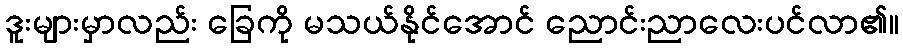
ဒူးများမှာလည်း ခြေကို မသယ်နိုင်အောင် ညောင်းညာလေးပင်လာ၏။